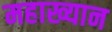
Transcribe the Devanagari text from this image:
महाख्यान